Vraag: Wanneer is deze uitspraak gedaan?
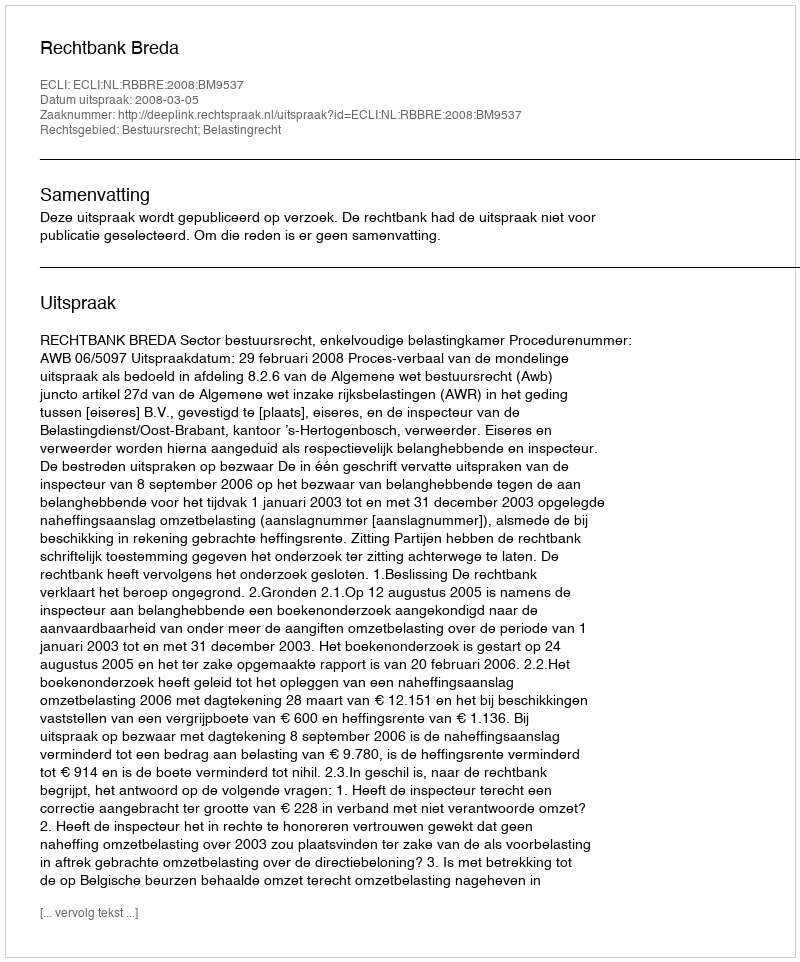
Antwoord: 2008-03-05